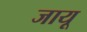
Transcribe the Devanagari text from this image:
जायू